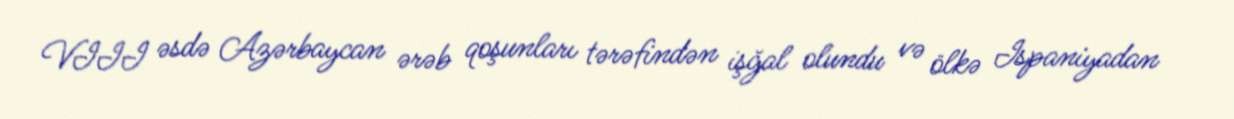
VIII əsdə Azərbaycan ərəb qoşunları tərəfindən işğal olundu və ölkə Ispaniyadan